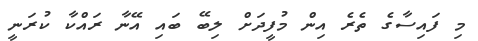
މި ފައިސާގެ ތެރެ އިން މުފީދަށް ލިބޭ ބައި އޭނާ ރައްކާ ކުރަނީ